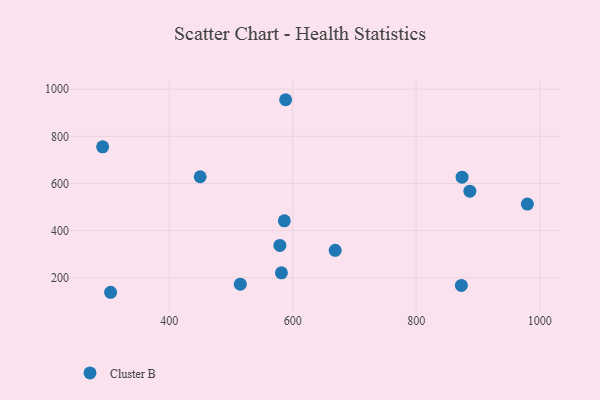
{"axis": {"x": "Speed", "y": "Fuel Efficiency"}, "legend": ["Cluster B"], "data": [{"x": "292.1", "y": 755.5, "type": "Cluster B"}, {"x": "588.5", "y": 955.5, "type": "Cluster B"}, {"x": "579.2", "y": 337.2, "type": "Cluster B"}, {"x": "886.9", "y": 567.2, "type": "Cluster B"}, {"x": "450.1", "y": 628.5, "type": "Cluster B"}, {"x": "581.7", "y": 220.8, "type": "Cluster B"}, {"x": "980.1", "y": 512.5, "type": "Cluster B"}, {"x": "515.1", "y": 172.7, "type": "Cluster B"}, {"x": "874.3", "y": 626.8, "type": "Cluster B"}, {"x": "305.0", "y": 138.3, "type": "Cluster B"}, {"x": "873.2", "y": 167.4, "type": "Cluster B"}, {"x": "586.4", "y": 441.6, "type": "Cluster B"}, {"x": "668.8", "y": 316.2, "type": "Cluster B"}]}